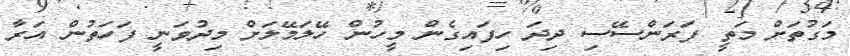
މަގުތަށް މަތީ ފަރަންސޭސި ދިދަ ހިފައިގެން މީހުން ހޭލަމޭލަށް މިދުވަނީ ފަަހަތުން އަރާ